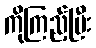
ကိုကြည့်ပြီး